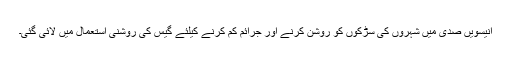
انیسویں صدی میں شہروں کی سڑکوں کو روشن کرنے اور جرائم کم کرنے کیلئے گیس کی روشنی استعمال میں لائی گئی۔